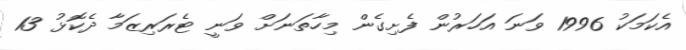
އެކަމަކު 1996 ވަނަ އަހަރުން ފެށިގެން މިހާތަނަށް ވަނީ ޓެރަރިޒަމާ ދެކޮޅު 13